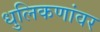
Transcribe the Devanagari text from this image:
धुलिकणांवर